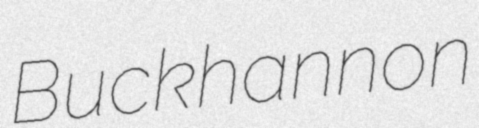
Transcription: Buckhannon